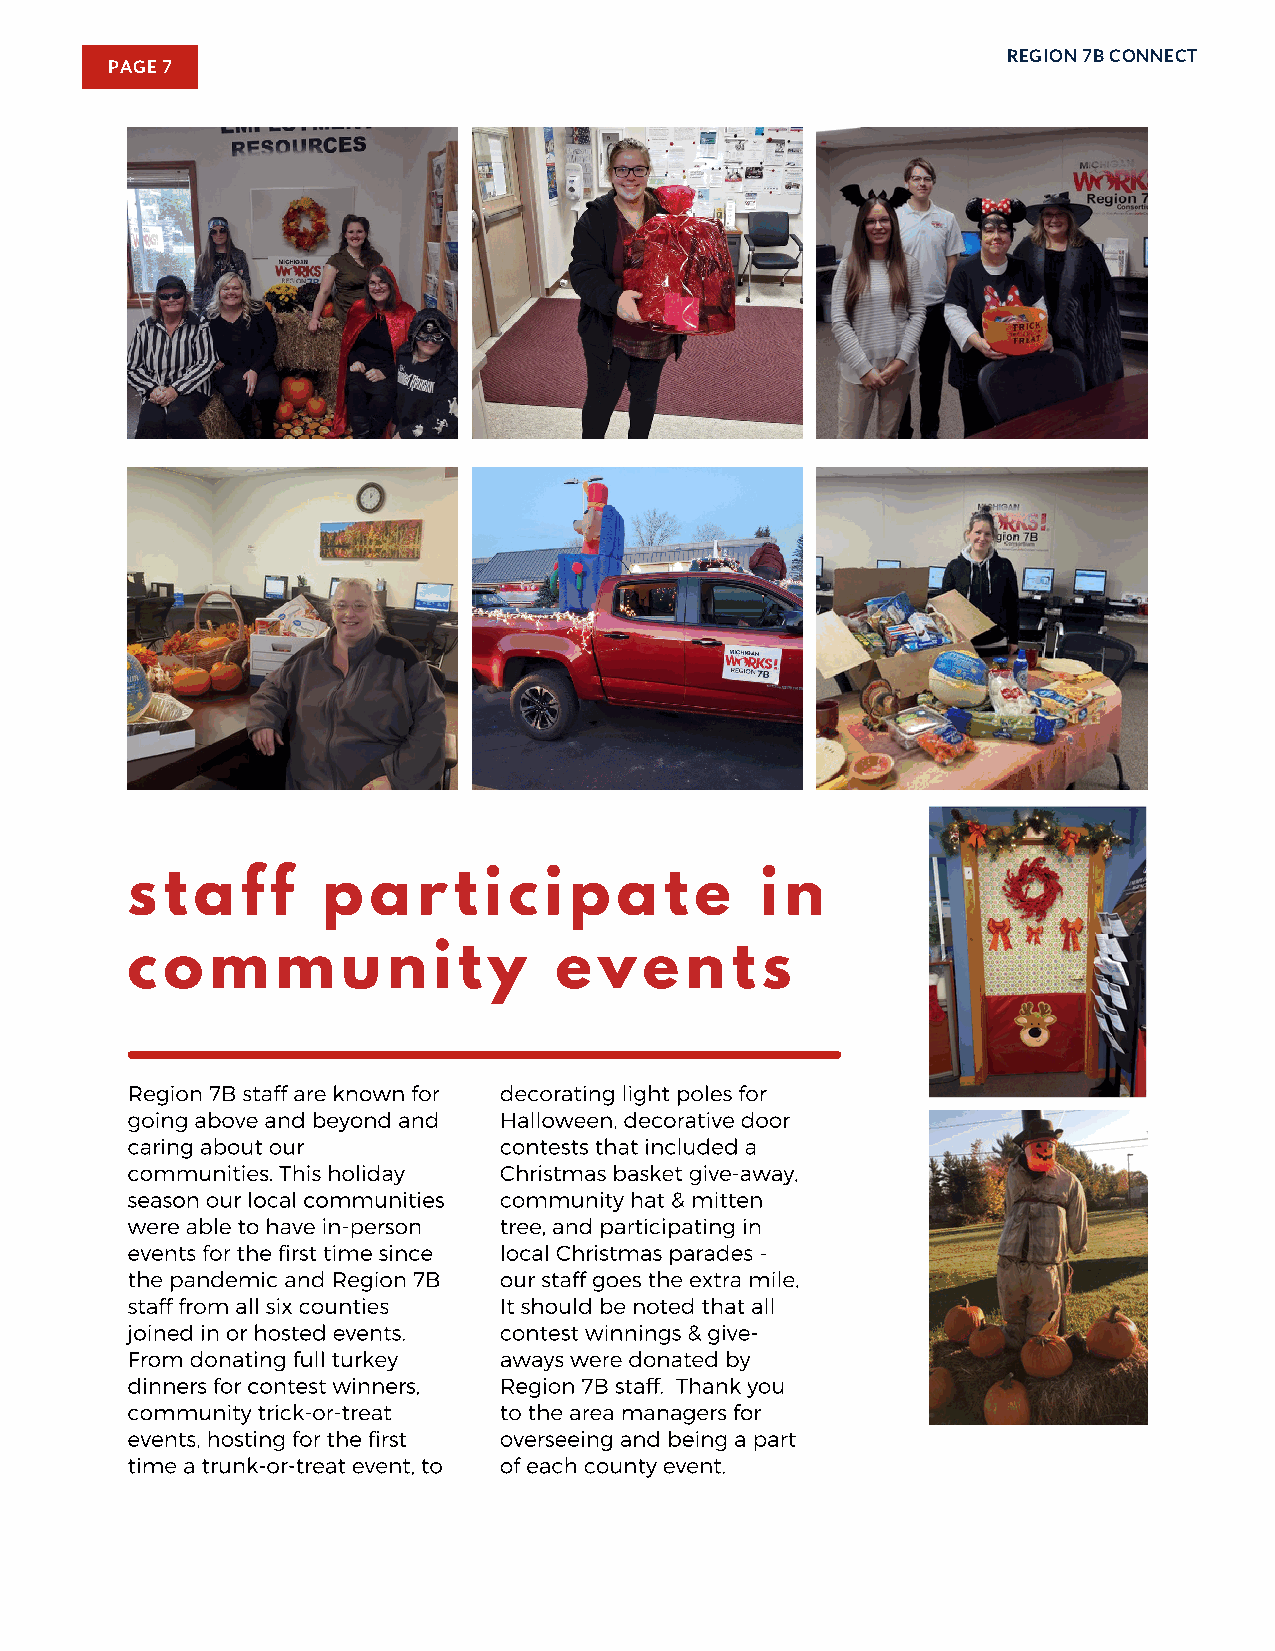
REGION 7B CONNECT
 PAGE 7
 s  t a  f f  p  a   r t i c i p  a  t e   i n
 c  o  m   m    u  n  i t y   e  v  e n  t s
 Region 7B staff are known for decorating light poles for
 going above and beyond and Halloween, decorative door
 caring about our         contests that included a
 communities. This holiday Christmas basket give-away,
 season our local communities community hat & mitten
 were able to have in-person tree, and participating in
 events for the first time since local Christmas parades -
 the pandemic and Region 7B our staff goes the extra mile.
 staff from all six counties It should be noted that all
 joined in or hosted events. contest winnings & give-
 From donating full turkey aways were donated by
 dinners for contest winners, Region 7B staff. Thank you
 community trick-or-treat to the area managers for
 events, hosting for the first overseeing and being a part
 time a trunk-or-treat event, to of each county event.